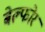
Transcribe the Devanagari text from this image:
बेल्फोर